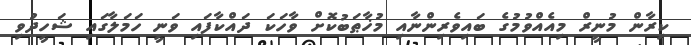
ކިރާން މުނީރް މިއެއްވުމުގެ ބައިވެރިންނާއި މުޚާޠަބުކޮށް ވާހަކަ ދައްކާފައި ވަނީ ހަމަލާގައި ޝަހީދުވި